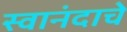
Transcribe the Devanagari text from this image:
स्वानंदाचे